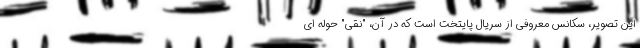
این تصویر، سکانس معروفی از سریال پایتخت است که در آن، "نقی" حوله ای